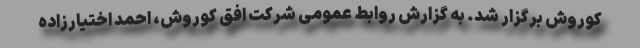
کوروش برگزار شد. به گزارش روابط عمومی شرکت افق کوروش، احمد اختیارزاده